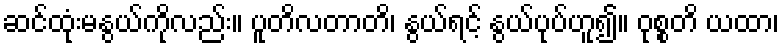
ဆင်ထုံးမနွယ်ကိုလည်း။ ပူတိလတာတိ၊ နွယ်ရင့် နွယ်ပုပ်ဟူ၍။ ဝုစ္စတိ ယထာ၊